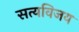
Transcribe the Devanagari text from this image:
सत्यविजय